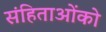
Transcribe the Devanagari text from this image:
संहिताओंको